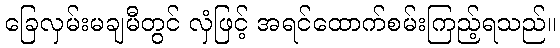
ခြေလှမ်းမချမီတွင် လှံဖြင့် အရင်ထောက်စမ်းကြည့်ရသည်။